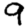
Digit: 9